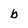
Character: b